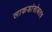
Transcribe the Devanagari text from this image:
लाकडांसोबतच